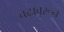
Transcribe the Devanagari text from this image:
चढावरून